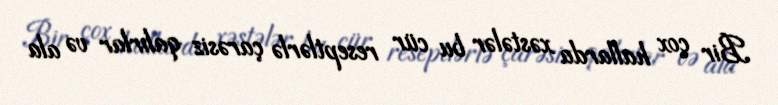
Bir çox hallarda xəstələr bu cür reseptlərlə çarəsiz qalırlar və ala